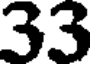
33